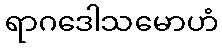
ရာဂဒေါသမောဟံ